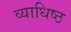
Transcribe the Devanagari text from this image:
व्याधिष्ठ